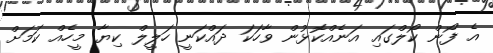
އެ ފޯން ކޯލްގައި އަނެއްކޮޅުން ވާހަކަ ދައްކަނީ ހަލީލް ކިޔާ މީހެއް ކަމަށް